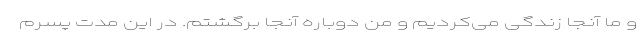
و ما آنجا زندگی می‌کردیم و من دوباره آنجا برگشتم. در این مدت پسرم